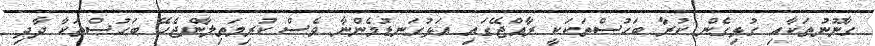
ގާނޫނުތަކާއި ގުޅިގެން ކުރާ ބަހުސްތަކަކީ ރާއްޖޭގައި އަޅުގަނޑުމެންނާ ވެސް ކުރިމަތިލާންޖެހޭ ބަހުސްތަކާ ދާދި